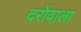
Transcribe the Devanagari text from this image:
दरोंवाला